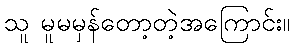
သူ မူမမှန်တော့တဲ့အကြောင်း။